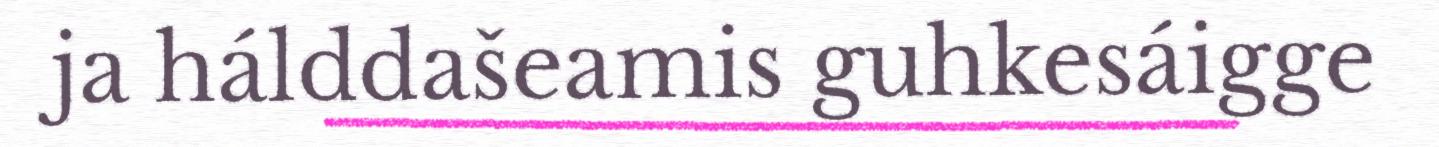
ja hálddašeamis guhkesáigge